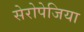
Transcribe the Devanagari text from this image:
सेरोपेजिया